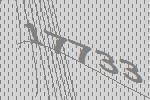
17733